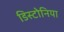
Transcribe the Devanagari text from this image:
डिस्टोनिया